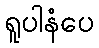
ရူပါနံပေ